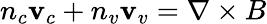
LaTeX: n_{c}\mathbf{v}_{c}+n_{v}\mathbf{v}_{v}=\nabla\times B